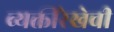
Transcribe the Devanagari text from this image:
व्यक्तीरेखेची